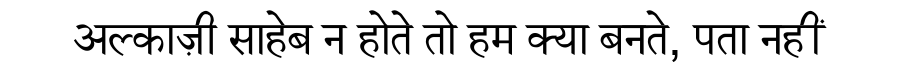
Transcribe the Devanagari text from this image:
अल्काज़ी साहेब न होते तो हम क्या बनते, पता नहीं